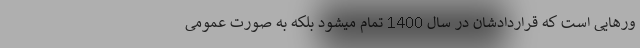
ورهایی است که قراردادشان در سال 1400 تمام میشود بلکه به صورت عمومی